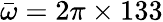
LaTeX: \bar{\omega}=2\pi\times 133